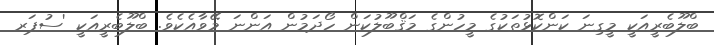
ބްލޫބެރީއަކީ މީގިނަ ކަންކޮޅުތަކުގެ މީހުންގެ މަޤްބޫލުކަން ހޯދަމުން އަންނަ މޭވާއެކެވެ. ބްލޫބެރީއަކީ 'ސުޕަރ